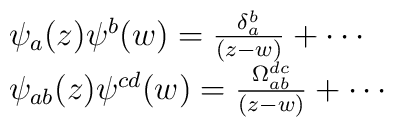
\begin{array}{l} \psi_{a}(z) \psi^{b}(w) = \frac{\delta_{a}^{b}}{(z - w)} + \cdots  \\ \psi_{ab}(z) \psi^{cd}(w) = \frac{\Omega_{ab}^{dc}}{(z - w)} + \cdots \end{array}